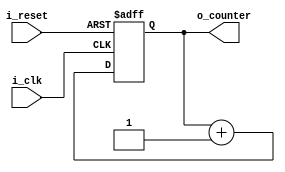
`timescale 1ns / 1ps


module counter_digit(
    input i_clk,
    input i_reset,
    output [1:0] o_counter
    );

    reg [1:0] r_counter = 0;
    assign o_counter = r_counter;

    always @(posedge i_clk or posedge i_reset) begin
        if (i_reset) begin
            r_counter <= 0;
        end
        else begin
            r_counter <= r_counter +1;
        end
    end

endmodule